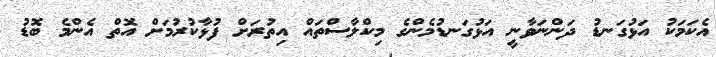
އެކަމަކު އަޅުގަނޑު ދަންނަވާނީ އަޅުގަނޑުމެންގެ މިކްލާސްތައް އިތުރަށް ފުޅާކުރުމަށް އޮތް އެންމެ ބޮޑު